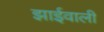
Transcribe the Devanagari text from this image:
झाईवाली